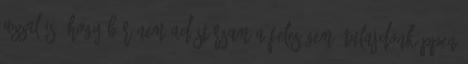
azzal is, hogy bár nem adóstársam a feleségem, tulajdonképpen